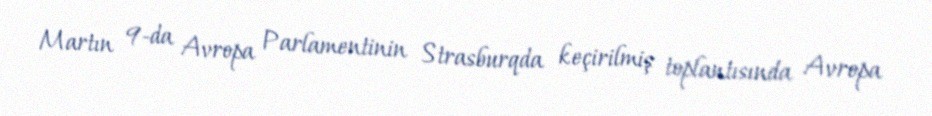
Martın 9-da Avropa Parlamentinin Strasburqda keçirilmiş toplantısında Avropa